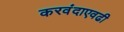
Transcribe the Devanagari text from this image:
करवंदाएवढी